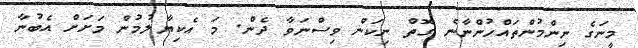
މީނަގެ ނިންމުންތައްހުންނާނެ ގޮތް ނިކަން ވިސްނަވާ ދެން. މަ އެކިޔާލުމުން މަށަށް އެބުނާ